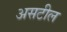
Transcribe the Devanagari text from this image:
असटील